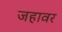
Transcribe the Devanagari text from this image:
जहावर